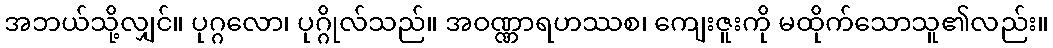
အဘယ်သို့လျှင်။ ပုဂ္ဂလော၊ ပုဂ္ဂိုလ်သည်။ အဝဏ္ဏာရဟဿစ၊ ကျေးဇူးကို မထိုက်သောသူ၏လည်း။